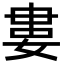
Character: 婁